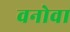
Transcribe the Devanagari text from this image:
वनोवा